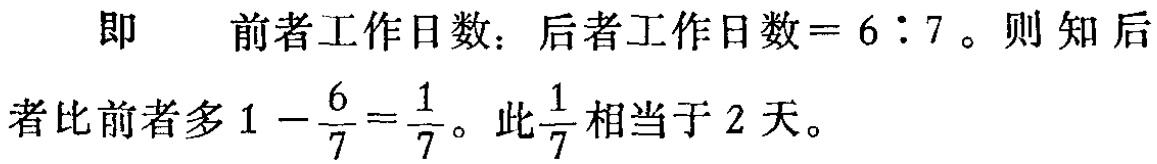
即 前者工作日数：后者工作日数$=6:7$。则知后者比前者多$1 - \frac{6}{7} = \frac{1}{7}$。此$\frac{1}{7}$相当于$2$天。